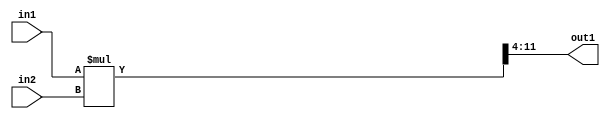
`timescale 1ps / 1ps
/*****************************************************************************
    Verilog RTL Description
    
    
    Created by: Stratus DpOpt 2019.1.01 
*******************************************************************************/

module GauFilter_R11_4Mul2u8u8_4 (
	in2,
	in1,
	out1
	); /* architecture "behavioural" */ 
input [7:0] in2,
	in1;
output [7:0] out1;
wire [11:0] asc003;

assign asc003 = 
	+(in1 * in2);

assign out1 = asc003[11:4];
endmodule

/* CADENCE  urj4QgE= : u9/ySgnWtBlWxVPRXgAZ4Og= ** DO NOT EDIT THIS LINE ******/